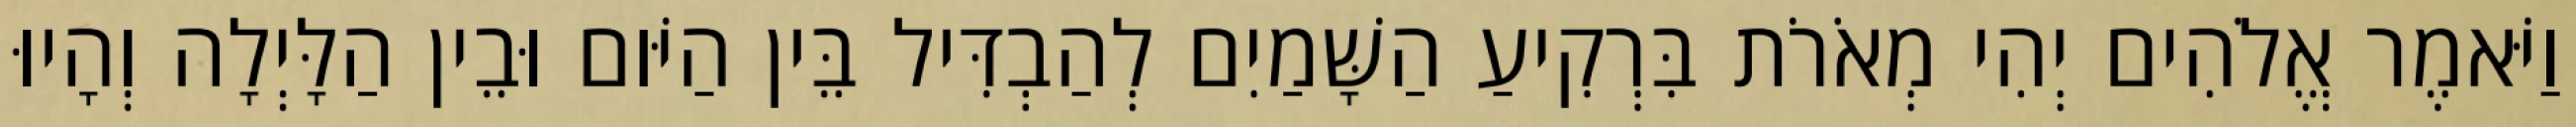
וַיֹּאמֶר אֱלֹהִים יְהִי מְאֹרֹת בִּרְקִיעַ הַשָּׁמַיִם לְהַבְדִּיל בֵּין הַיֹּום וּבֵין הַלָּיְלָה וְהָיוּ